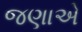
જણાએ